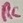
Text: RC